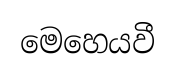
මෙහෙයවී